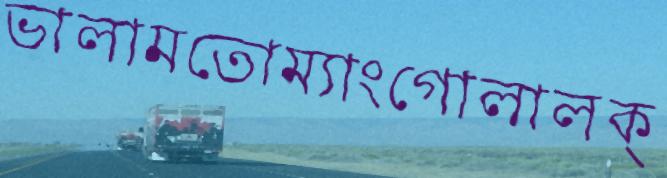
ভালামতোম্যাংগোলালক্